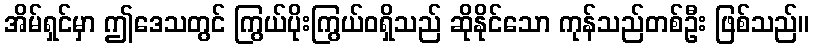
အိမ်ရှင်မှာ ဤဒေသတွင် ကြွယ်ပိုးကြွယ်ဝရှိသည် ဆိုနိုင်သော ကုန်သည်တစ်ဦး ဖြစ်သည်။